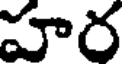
హర